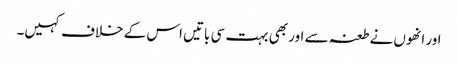
اور انھوں نے طعنہ سے اور بھی بہت سی باتیں اس کے خلاف کہیں۔